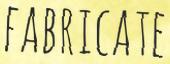
FABRICATE